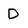
Character: D